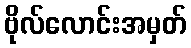
ဗိုလ်လောင်းအမှတ်